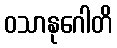
ဝသာနုဂေါတိ